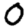
Digit: 0